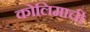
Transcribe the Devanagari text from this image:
कोलिमाची